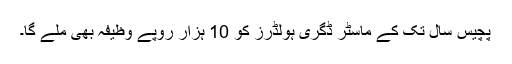
پچیس سال تک کے ماسٹر ڈگری ہولڈرز کو 10 ہزار روپے وظیفہ بھی ملے گا۔